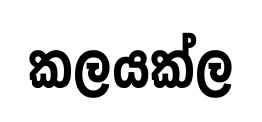
කලයක්ල